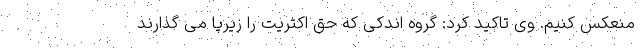
منعکس کنیم. وی تاکید کرد: گروه اندکی که حق اکثریت را زیرپا می گذارند